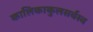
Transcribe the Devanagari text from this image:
कालिकाकुलसर्वस्व